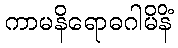
ကာမနိရောဓဂါမိနိံ